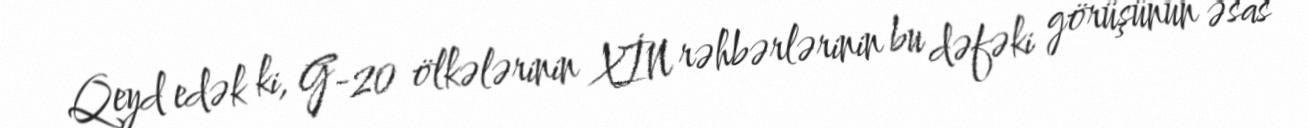
Qeyd edək ki, G-20 ölkələrinin XİN rəhbərlərinin bu dəfəki görüşünün əsas